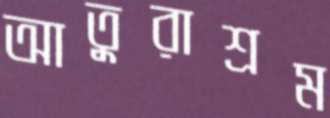
আতুরাশ্রম